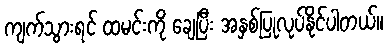
ကျက်သွားရင် ထမင်းကို ချေပြီး အနှစ်ပြုလုပ်နိုင်ပါတယ်။